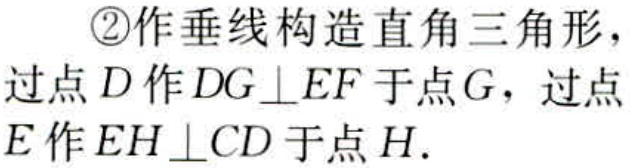
\textcircled{2}作垂线构造直角三角形，
过点\(D\)作\(DG\perp EF\)于点\(G\)，过点\(E\)作\(EH\perp CD\)于点\(H\).